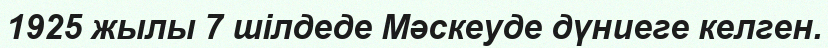
1925 жылы 7 шілдеде Мәскеуде дүниеге келген.